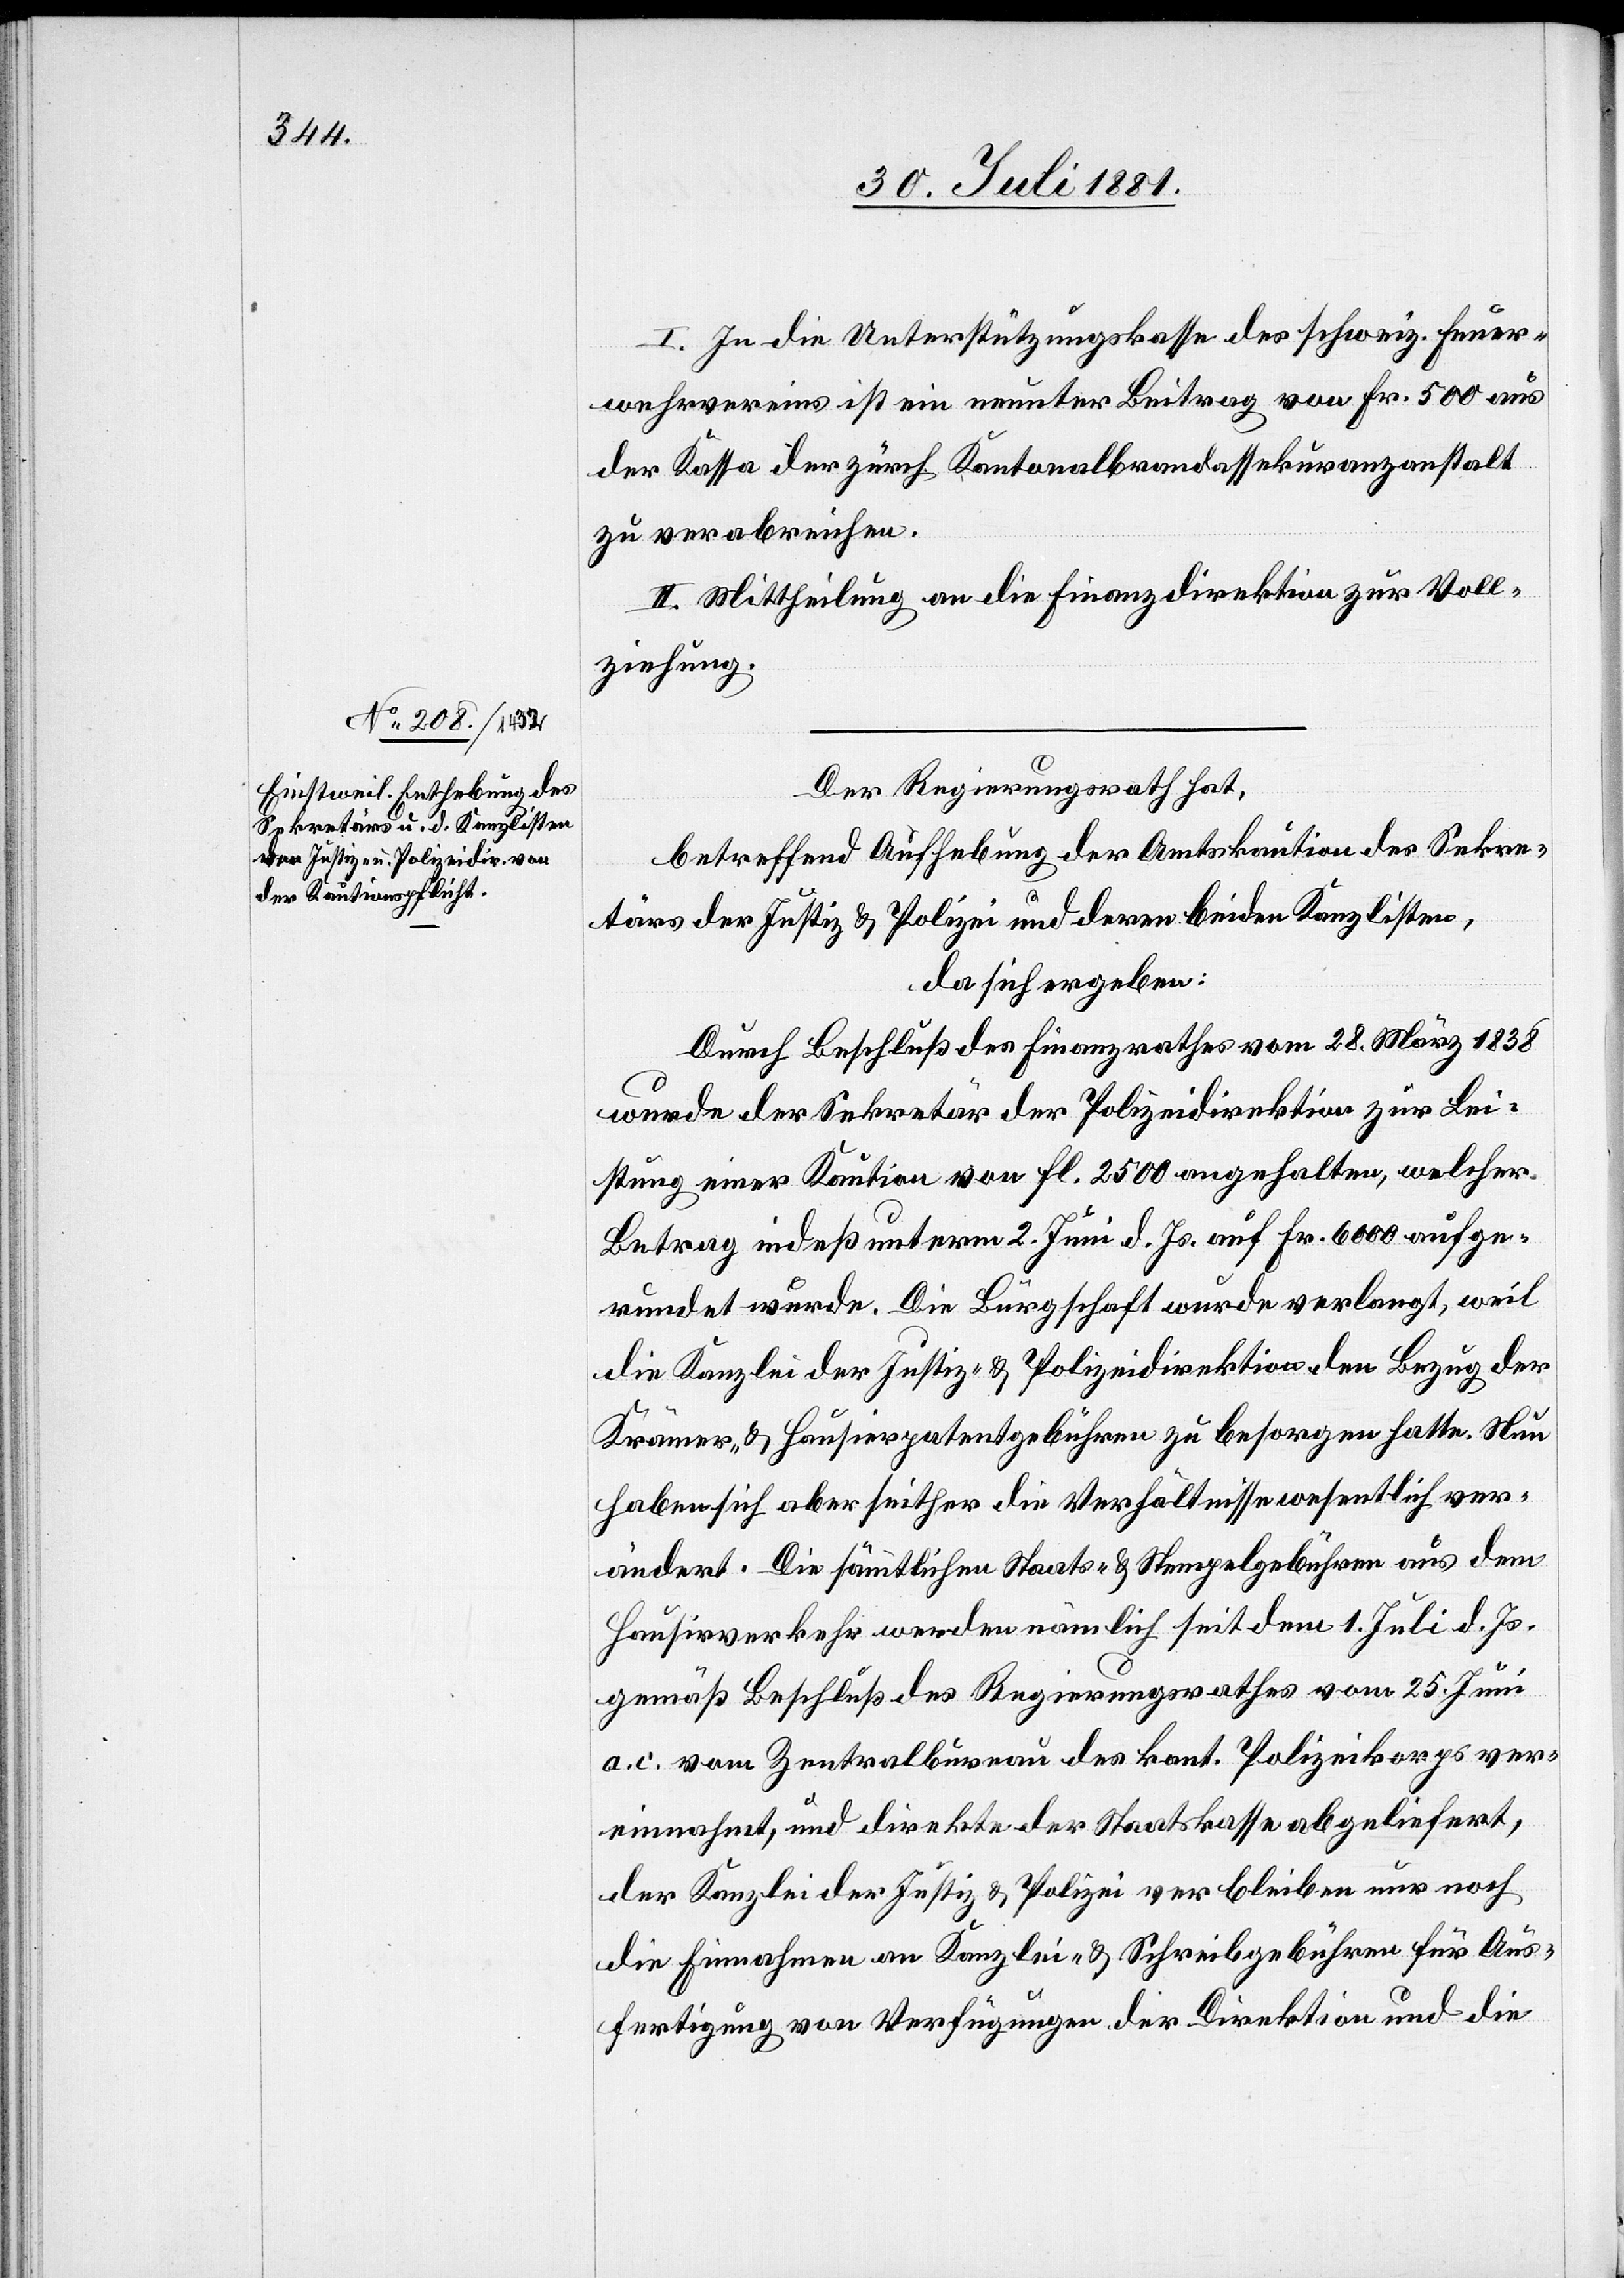
I. In die Unterstützungskasse des schweiz. Feuer¬
wehrvereins ist ein neunter Beitrag von Fr. 500 aus
der Kasse der zürch. Kantonalbrandassekuranzanstalt
zu verabreichen.
II. Mittheilung an die Finanzdirektion zur Voll¬
ziehung.
Der Regierungsrath hat,
betreffend Aufhebung der Amtskaution des Sekre¬
tariats der Justiz & Polizei und deren beiden Kanzlisten,
da sich ergeben:
Durch Beschluß des Finanzrathes vom 28. März 1838
wurde der Sekretär der Polizeidirektion zur Lei¬
stung einer Kaution von Fl. 2500 angehalten, welcher
Betrag indeß unterm 2. Juni d. Js. auf Fr. 6000 aufge¬
rundet wurde. Die Bürgschaft wurde verlangt, weil
die Kanzlei der Justiz- & Polizeidirektion den Bezug der
Krämer- & Hausierpatentgebühren zu besorgen hatte. Nun
haben sich aber seither die Verhältnisse wesentlich ver¬
ändert. Die sämmtlichen Staats- & Stempelgebühren aus dem
Hausirverkehr werden nämlich seit dem 1. Juli d. Js.
gemäß Beschluß des Regierungsrathes vom 25. Juni
a. c. vom Zentralbureau des kant. Polizeikorps ver¬
einnahmt, und direkte der Staatskassa abgeliefert,
der Kanzlei der Justiz & Polizei verbleiben nur noch
die Einnahmen an Kanzlei- & Schreibgebühren für Aus¬
fertigung von Verfügungen der Direktion und die